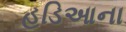
હડિઆના